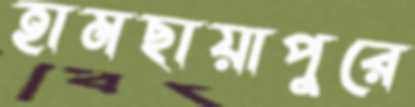
হামছায়াপুরে